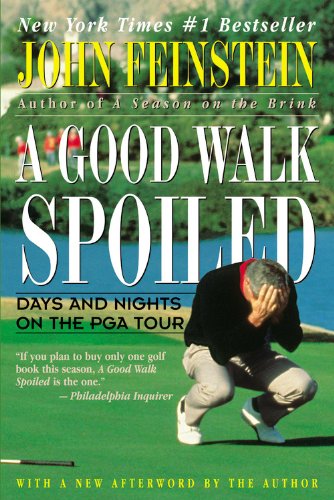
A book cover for A Good Walk Spoiled: Days and Nights on the PGA Tour; John Feinstein; Sports & Outdoors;